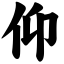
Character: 仰